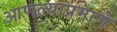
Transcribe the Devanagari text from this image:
आणल्याप्रमाणे